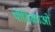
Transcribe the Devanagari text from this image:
पीठिकाओं